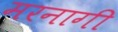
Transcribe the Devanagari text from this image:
मरनागी